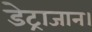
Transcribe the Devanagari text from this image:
डेट्राजान।